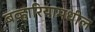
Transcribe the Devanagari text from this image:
बव्हारियामधील